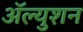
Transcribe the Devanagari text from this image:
ॲल्युशन